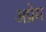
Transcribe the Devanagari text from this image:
अप्रेम